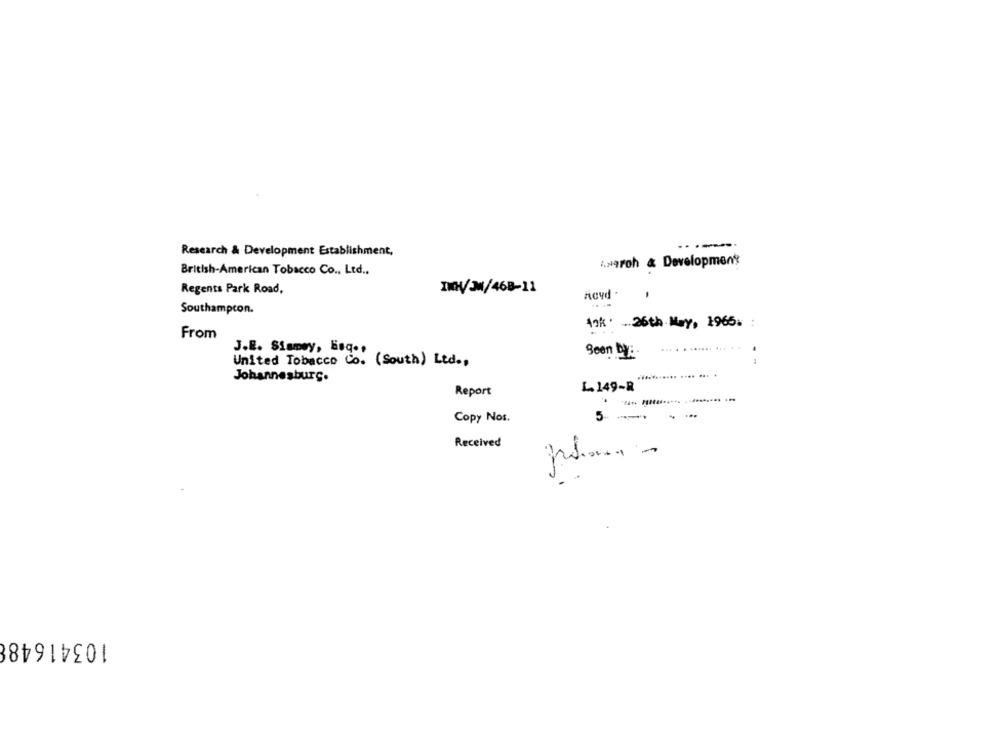
Research & Development Establishment,
zwarch & Development
British-American Tobacco Co ., Ltd ..
Regents Park Road,
IMV JM/468-11
Acyd .
Southampcon.
10k . - 26th May, 1965. :
From
J.E. Siamey, Loq .,
Seen DVE.
United Tobacco Co. (South) Ltd .,
--
Johannesburg.
L 149-R
Report
.
5-
--
Copy Nos.
Received
2
103416488